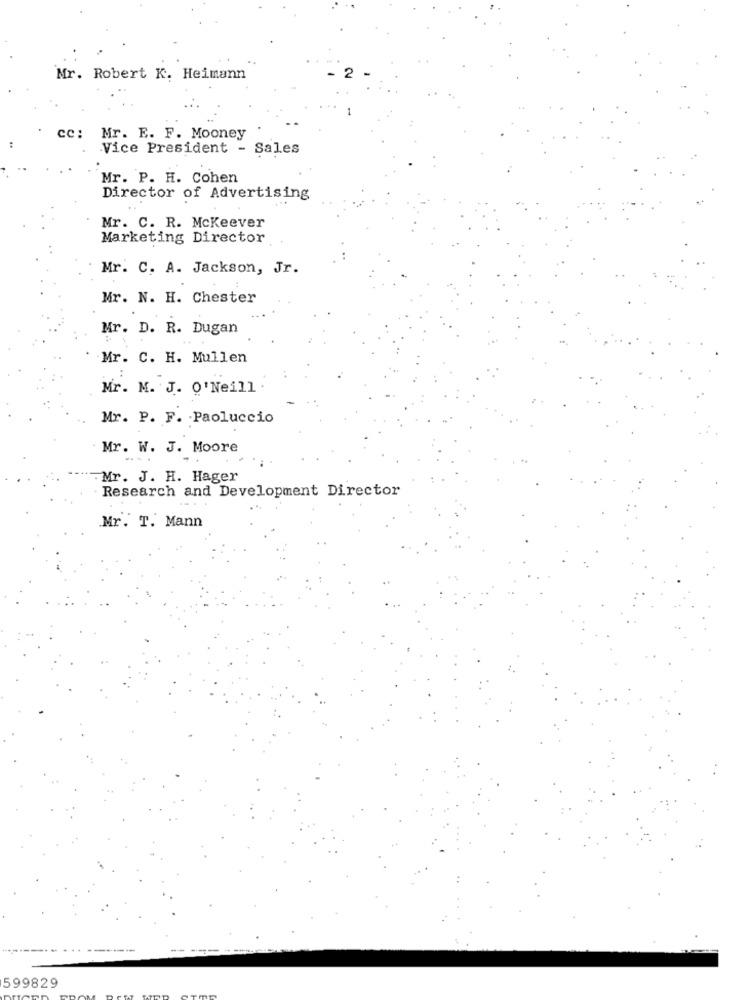
Mr. Robert K. Heimann
- 2
cc: Mr. E. F. Mooney
Vice President - Sales
Mr. P. H. Cohen
Director of Advertising
Mr. C. R. Mckeever
Marketing Director
Mr. C. A. Jackson, Jr.
Mr. N. H. Chester
Mr. D. R. Dugan
Mr. C. H. Mullen
Mr. M. J. O'Neill .
Mr. P. F. Paoluccio
Mr. W. J. Moore
Mr. J. H. Hager
Research and Development Director
Mr. T. Mann
599829